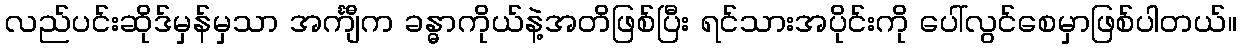
လည်ပင်းဆိုဒ်မှန်မှသာ အင်္ကျီက ခန္ဓာကိုယ်နဲ့အတိဖြစ်ပြီး ရင်သားအပိုင်းကို ပေါ်လွင်စေမှာဖြစ်ပါတယ်။